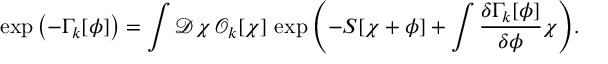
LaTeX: \exp { \left( - \Gamma _ { k } [ \phi ] \right) } = \int { \mathcal D } \chi \, { \mathcal O } _ { k } [ \chi ] \, \exp { \left( - S [ \chi + \phi ] + \int \frac { \delta \Gamma _ { k } [ \phi ] } { \delta \phi } \chi \right) } .